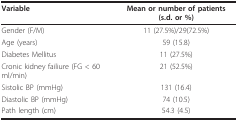
<table><thead><tr><td><b>Variable</b></td><td><b>Mean or number of patients (s.d. or %)</b></td></tr></thead><tbody><tr><td>Gender (F/M)</td><td>11 (27.5%)/29(72.5%)</td></tr><tr><td>Age (years)</td><td>59 (15.8)</td></tr><tr><td>Diabetes Mellitus</td><td>11 (27.5%)</td></tr><tr><td>Cronic kidney failiure (FG &lt; 60 ml/min)</td><td>21 (52.5%)</td></tr><tr><td>Sistolic BP (mmHg)</td><td>131 (16.4)</td></tr><tr><td>Diastolic BP (mmHg)</td><td>74 (10.5)</td></tr><tr><td>Path length (cm)</td><td>54.3 (4.5)</td></tr></tbody></table>